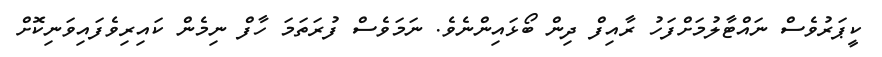
ކީޕަރުވެސް ނައްޓާލުމަށްފަހު ރާއިފް ދިން ބޯޅައިންނެވެ. ނަމަވެސް ފުރަތަމަ ހާފް ނިމެން ކައިރިވެފައިވަނިކޮށް